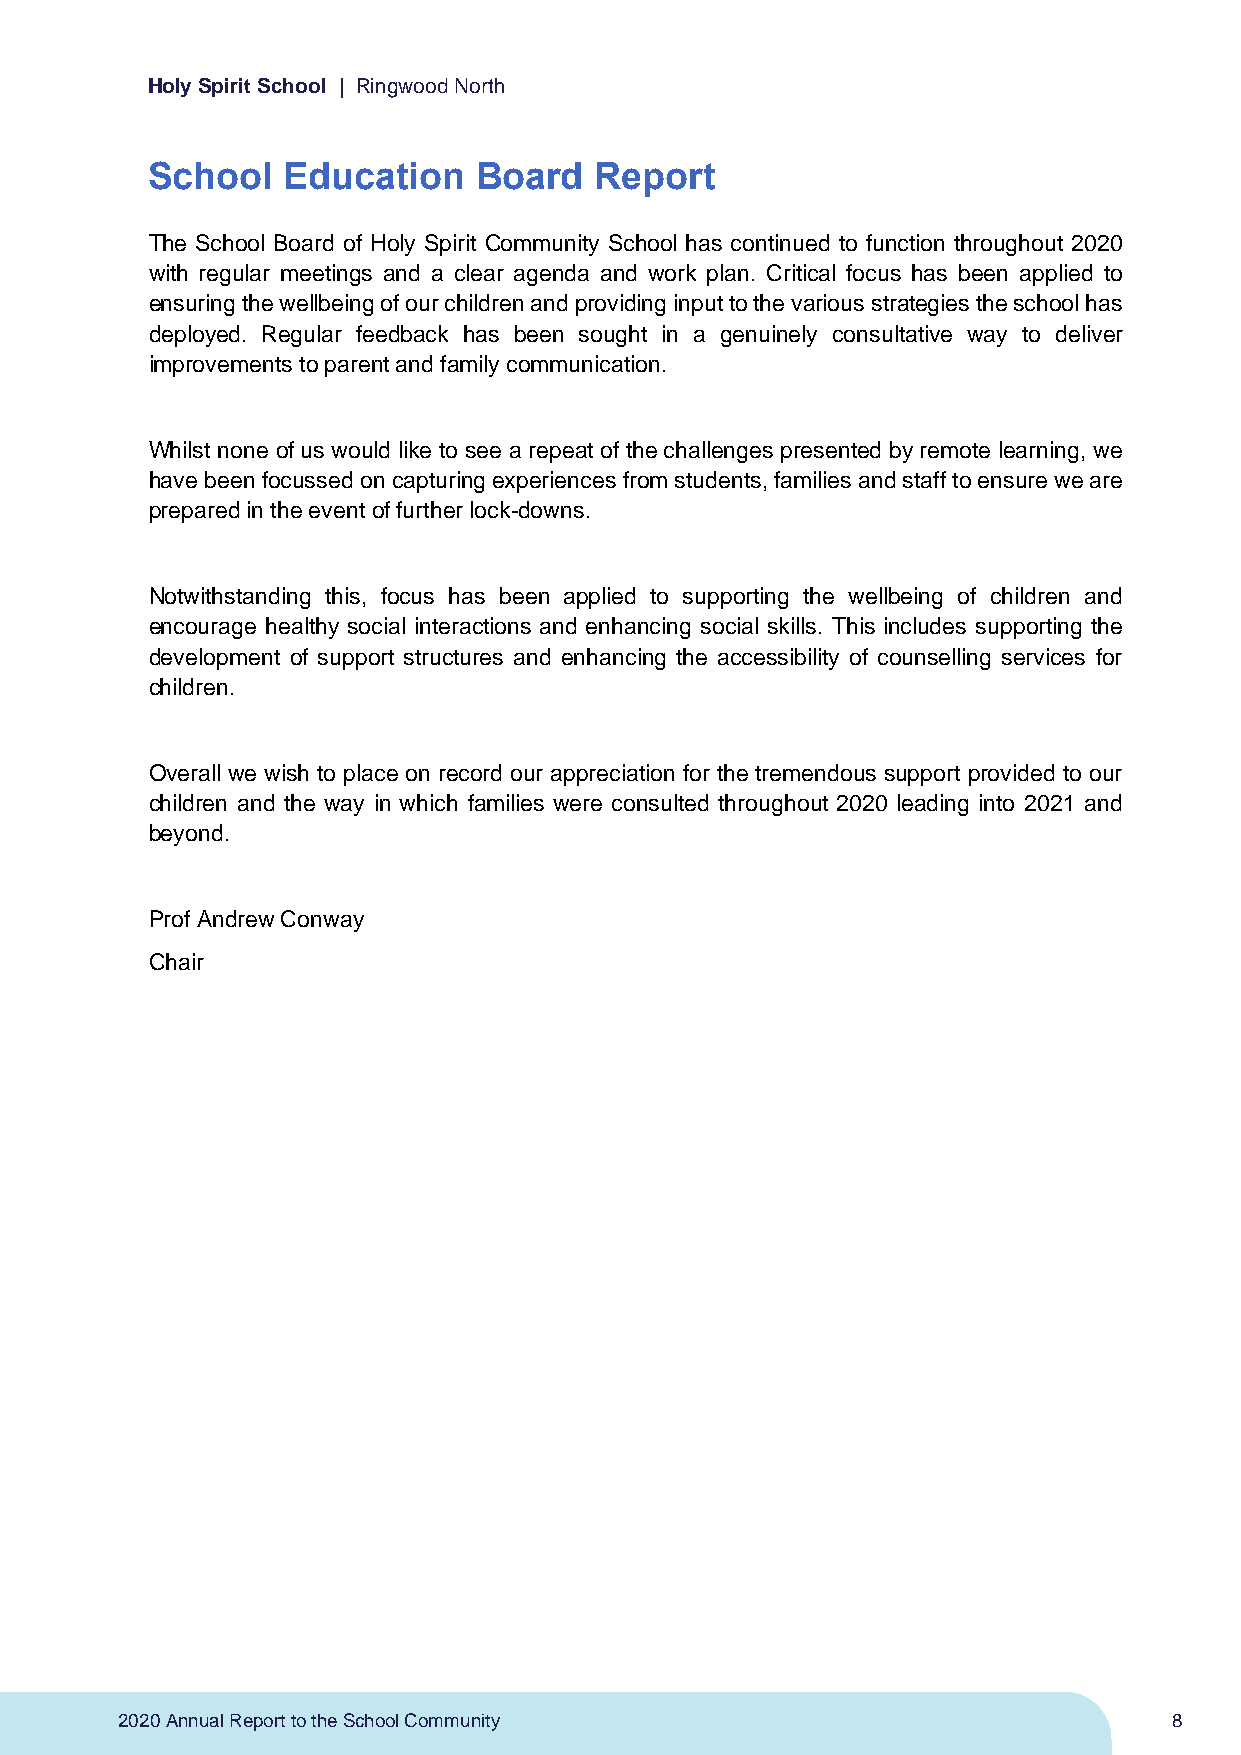
Holy Spirit School | Ringwood North
 School   Education   Board   Report
 The School Board of Holy Spirit Community School has continued to function throughout 2020
 with regular meetings and a clear agenda and work plan. Critical focus has been applied to
 ensuring the wellbeing of our children and providing input to the various strategies the school has
 deployed. Regular feedback has been sought in a genuinely consultative way to deliver
 improvements to parent and family communication.
 Whilst none of us would like to see a repeat of the challenges presented by remote learning, we
 have been focussed on capturing experiences from students, families and staff to ensure we are
 prepared in the event of further lock-downs.
 Notwithstanding this, focus has been applied to supporting the wellbeing of children and
 encourage healthy social interactions and enhancing social skills. This includes supporting the
 development of support structures and enhancing the accessibility of counselling services for
 children.
 Overall we wish to place on record our appreciation for the tremendous support provided to our
 children and the way in which families were consulted throughout 2020 leading into 2021 and
 beyond.
 Prof Andrew Conway
 Chair
 2020 Annual Report to the School Community                            8